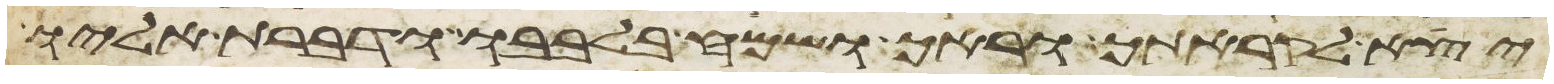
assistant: יצא לקראתך וראך ושמח בלבבו ודברת אליו